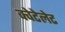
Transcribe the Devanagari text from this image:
क्वेटेलेट